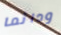
ودائما